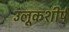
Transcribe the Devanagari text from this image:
उलूकशीर्ष